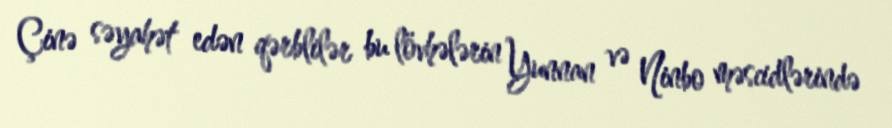
Çinə səyahət edən qərblilər bu lövhələrin Yunnan və Ninbo məscidlərində